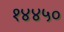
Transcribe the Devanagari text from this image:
१४४५०